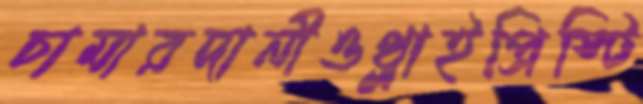
চামারদানীওথ্‌লাইপ্রিস্টি